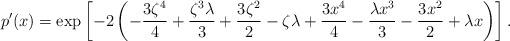
LaTeX: \begin{align*}p'(x) = \exp \left[-2 \left(-\frac{3 \zeta ^4}{4}+\frac{\zeta ^3 \lambda }{3}+\frac{3 \zeta ^2}{2}-\zeta \lambda +\frac{3 x^4}{4}-\frac{\lambda x^3}{3}-\frac{3 x^2}{2}+\lambda x\right)\right].\end{align*}